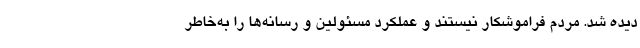
دیده شد. مردم فراموشکار نیستند و عملکرد مسئولین و رسانه‌ها را به‌خاطر